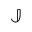
\mathbb { J }